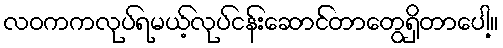
လဝကကလုပ်ရမယ့်လုပ်ငန်းဆောင်တာတွေရှိတာပေါ့။